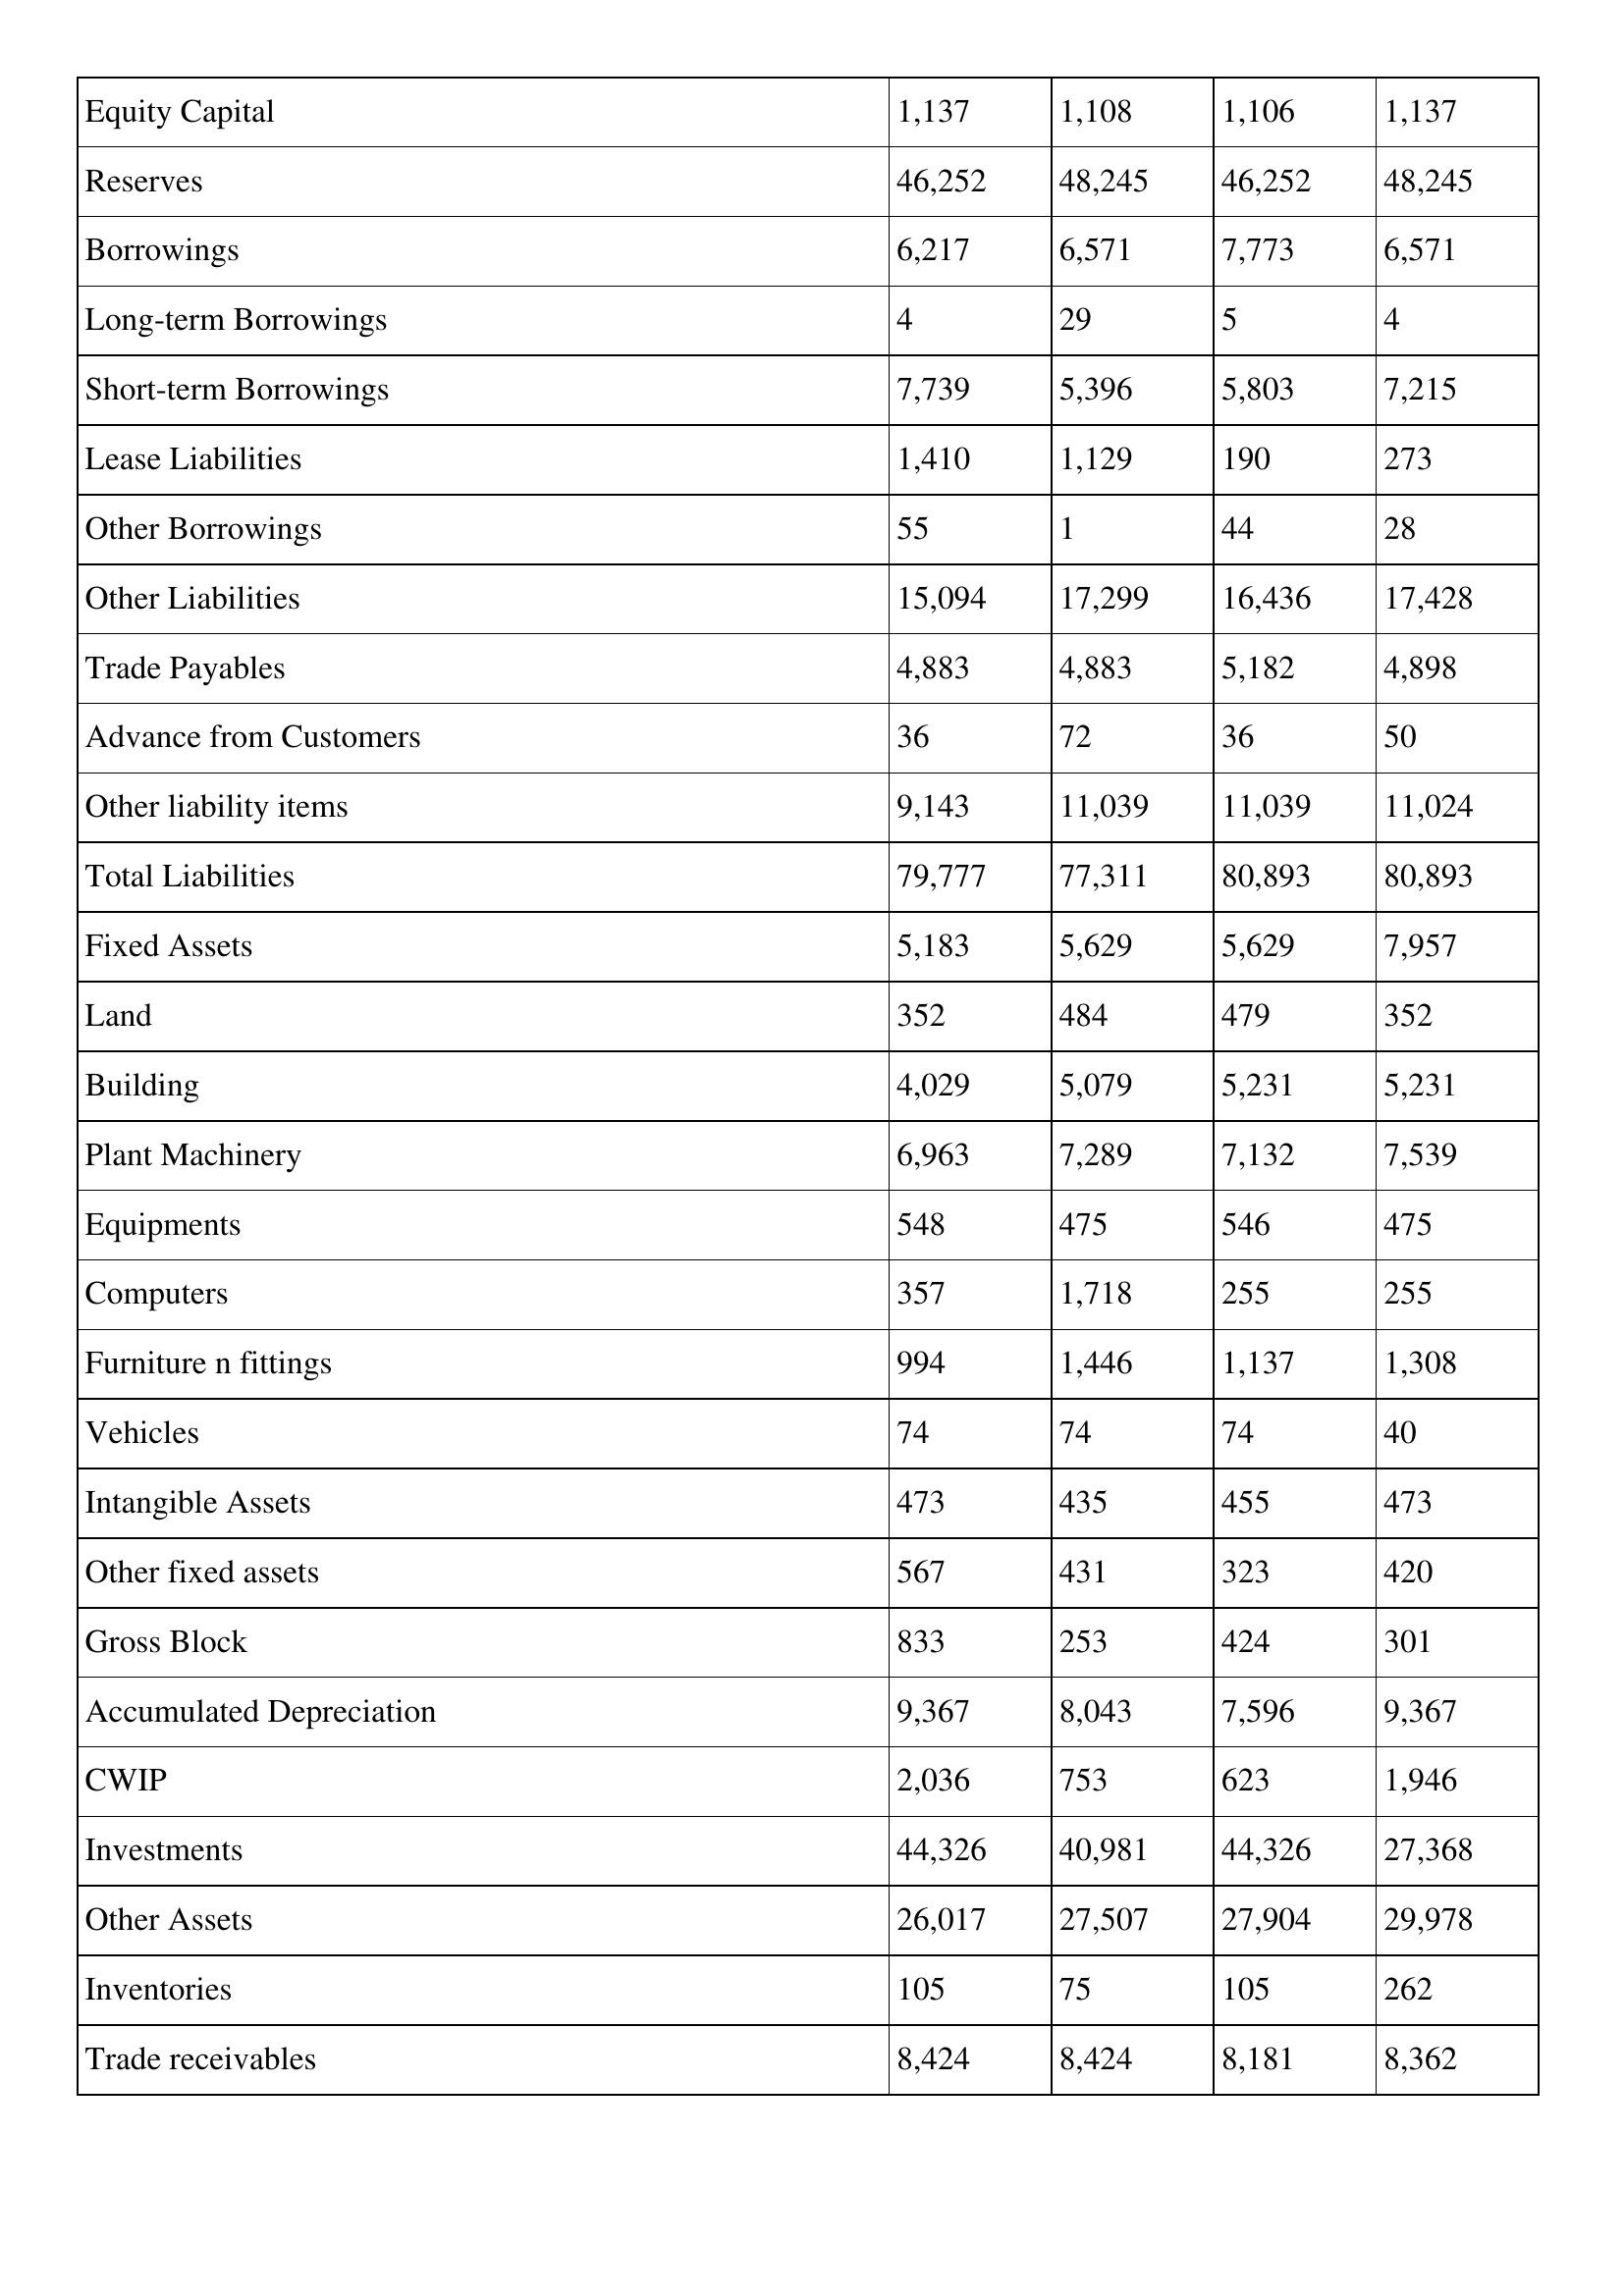
gt_parse: 2006: Balance Sheet: Equity Capital: 1,137
Reserves: 46,252
Borrowings: 6,217
Long-term Borrowings: 4
Short-term Borrowings: 7,739
Lease Liabilities: 1,410
Other Borrowings: 55
Other Liabilities: 15,094
Trade Payables: 4,883
Advance from Customers: 36
Other liability items: 9,143
Total Liabilities: 79,777
Fixed Assets: 5,183
Land: 352
Building: 4,029
Plant Machinery: 6,963
Equipments: 548
Computers: 357
Furniture n fittings: 994
Vehicles: 74
Intangible Assets: 473
Other fixed assets: 567
Gross Block: 833
Accumulated Depreciation: 9,367
CWIP: 2,036
Investments: 44,326
Other Assets: 26,017
Inventories: 105
Trade receivables: 8,424
2005: Balance Sheet: Equity Capital: 1,108
Reserves: 48,245
Borrowings: 6,571
Long-term Borrowings: 29
Short-term Borrowings: 5,396
Lease Liabilities: 1,129
Other Borrowings: 1
Other Liabilities: 17,299
Trade Payables: 4,883
Advance from Customers: 72
Other liability items: 11,039
Total Liabilities: 77,311
Fixed Assets: 5,629
Land: 484
Building: 5,079
Plant Machinery: 7,289
Equipments: 475
Computers: 1,718
Furniture n fittings: 1,446
Vehicles: 74
Intangible Assets: 435
Other fixed assets: 431
Gross Block: 253
Accumulated Depreciation: 8,043
CWIP: 753
Investments: 40,981
Other Assets: 27,507
Inventories: 75
Trade receivables: 8,424
2004: Balance Sheet: Equity Capital: 1,106
Reserves: 46,252
Borrowings: 7,773
Long-term Borrowings: 5
Short-term Borrowings: 5,803
Lease Liabilities: 190
Other Borrowings: 44
Other Liabilities: 16,436
Trade Payables: 5,182
Advance from Customers: 36
Other liability items: 11,039
Total Liabilities: 80,893
Fixed Assets: 5,629
Land: 479
Building: 5,231
Plant Machinery: 7,132
Equipments: 546
Computers: 255
Furniture n fittings: 1,137
Vehicles: 74
Intangible Assets: 455
Other fixed assets: 323
Gross Block: 424
Accumulated Depreciation: 7,596
CWIP: 623
Investments: 44,326
Other Assets: 27,904
Inventories: 105
Trade receivables: 8,181
2003: Balance Sheet: Equity Capital: 1,137
Reserves: 48,245
Borrowings: 6,571
Long-term Borrowings: 4
Short-term Borrowings: 7,215
Lease Liabilities: 273
Other Borrowings: 28
Other Liabilities: 17,428
Trade Payables: 4,898
Advance from Customers: 50
Other liability items: 11,024
Total Liabilities: 80,893
Fixed Assets: 7,957
Land: 352
Building: 5,231
Plant Machinery: 7,539
Equipments: 475
Computers: 255
Furniture n fittings: 1,308
Vehicles: 40
Intangible Assets: 473
Other fixed assets: 420
Gross Block: 301
Accumulated Depreciation: 9,367
CWIP: 1,946
Investments: 27,368
Other Assets: 29,978
Inventories: 262
Trade receivables: 8,362